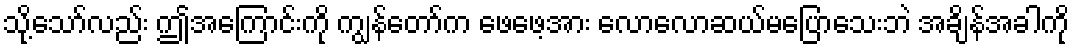
သို့သော်လည်း ဤအကြောင်းကို ကျွန်တော်က ဖေဖေ့အား လောလောဆယ်မပြောသေးဘဲ အချိန်အခါကို